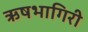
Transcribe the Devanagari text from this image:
ऋषभागिरी